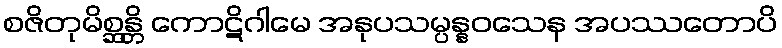
စဇိတုမိစ္ဆန္တိ ကောဋိဂါမေ အနုပသမ္ပန္နဝသေန အပဿတောပိ